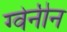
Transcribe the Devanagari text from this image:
ग्वेनीन